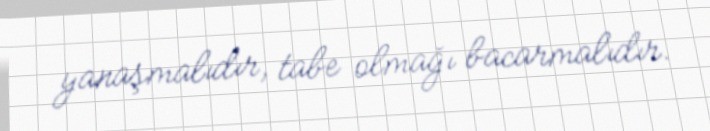
yanaşmalıdır, tabe olmağı bacarmalıdır.